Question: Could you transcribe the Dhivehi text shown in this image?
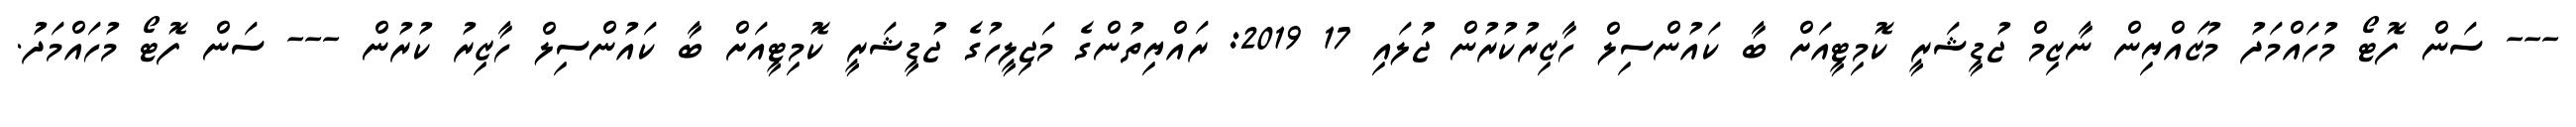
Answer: --- ސަން ފޮޓޯ މުހައްމަދު މުޒައްޔިން ނާޒިމް ޖުޑީޝަރީ ކޮމިޓީއަށް ބާ ކައުންސިލް ހާޒިރުކުރުން ޖުަލައި 17 2019: ރައްޔިތުންގެ މަޖިލީހުގެ ޖުޑީޝަރީ ކޮމިޓީއަށް ބާ ކައުންސިލް ހާޒިރު ކުރުން --- ސަން ފޮޓޯ މުހައްމަދު.